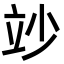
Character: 竗